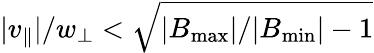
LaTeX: |v_{\parallel}|/w_{\perp}<\sqrt{|B_{\mathrm{max}}|/|B_{\mathrm{min}}|-1}